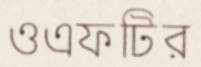
ওএফটির